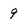
Character: 9